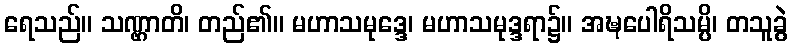
ရေသည်။ သဏ္ဌာတိ၊ တည်၏။ မဟာသမုဒ္ဒေ၊ မဟာသမုဒ္ဒရာ၌။ အဍ္ဎပေါရိသမ္ပိ၊ တသူခွဲ